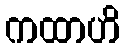
ကထာဟိ